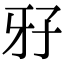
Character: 𤘅